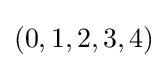
\left(0,1,2,3,4\right)